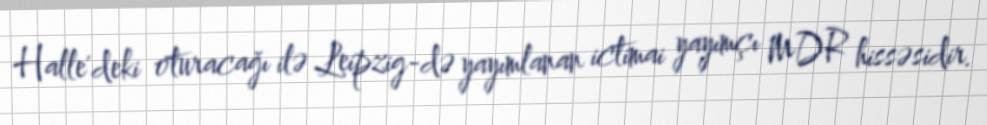
Halle'deki oturacağı ilə Leipzig-də yayımlanan ictimai yayımçı MDR hissəsidir.